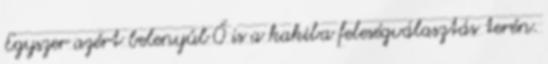
Egyszer azért belenyúl Ő is a kakiba feleségválasztás terén.